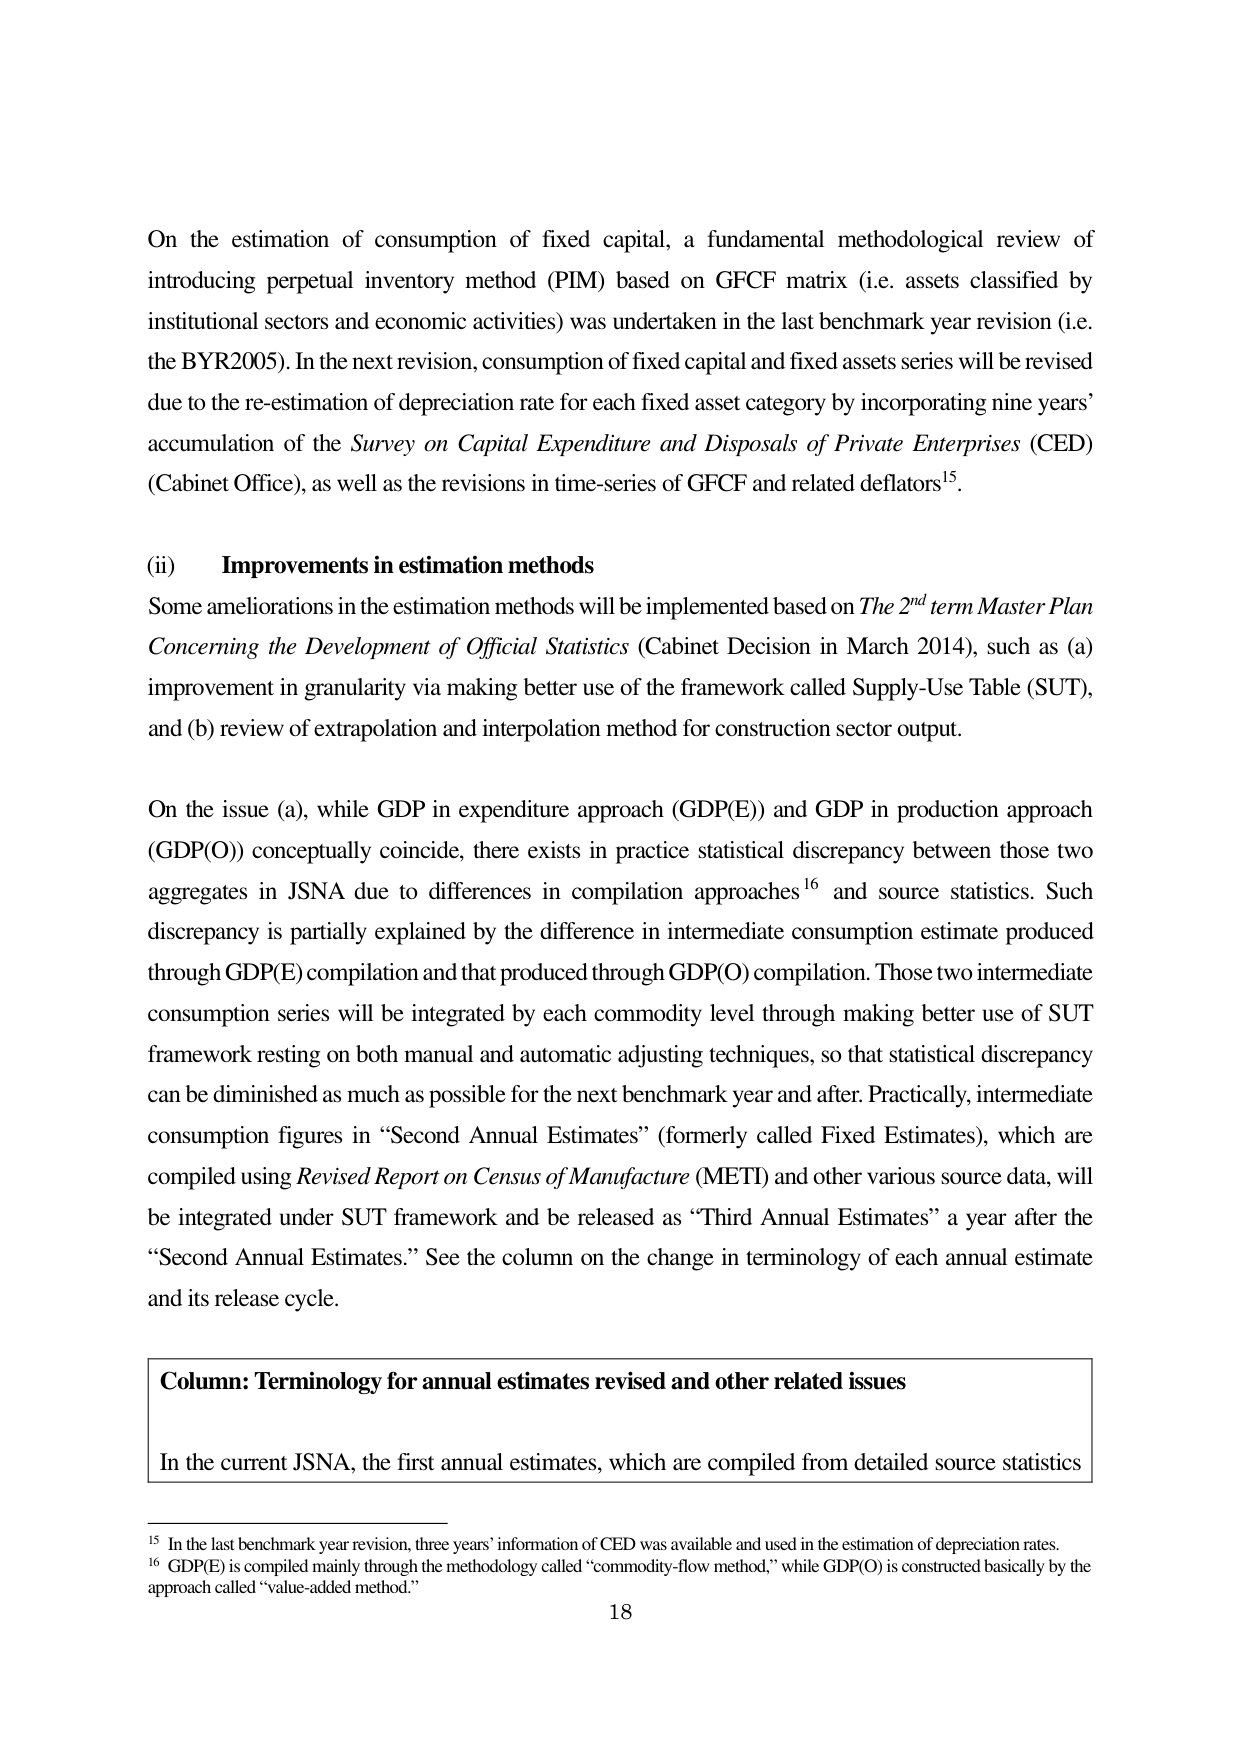
On the estimation of consumption of fixed capital, a fundamental methodological review of introducing perpetual inventory method (PIM) based on GFCF matrix (i.e. assets classified by institutional sectors and economic activities) was undertaken in the last benchmark year revision (i.e. the BYR2005). In the next revision, consumption of fixed capital and fixed assets series will be revised due to the re-estimation of depreciation rate for each fixed asset category by incorporating nine years’ accumulation of the Survey on Capital Expenditure and Disposals of Private Enterprises (CED) (Cabinet Office), as well as the revisions in time-series of GFCF and related deflators¹⁵.

(ii) Improvements in estimation methods
Some ameliorations in the estimation methods will be implemented based on The 2nd term Master Plan Concerning the Development of Official Statistics (Cabinet Decision in March 2014), such as (a) improvement in granularity via making better use of the framework called Supply-Use Table (SUT), and (b) review of extrapolation and interpolation method for construction sector output.

On the issue (a), while GDP in expenditure approach (GDP(E)) and GDP in production approach (GDP(O)) conceptually coincide, there exists in practice statistical discrepancy between those two aggregates in JSNA due to differences in compilation approaches¹⁶ and source statistics. Such discrepancy is partially explained by the difference in intermediate consumption estimate produced through GDP(E) compilation and that produced through GDP(O) compilation. Those two intermediate consumption series will be integrated by each commodity level through making better use of SUT framework resting on both manual and automatic adjusting techniques, so that statistical discrepancy can be diminished as much as possible for the next benchmark year and after. Practically, intermediate consumption figures in “Second Annual Estimates” (formerly called Fixed Estimates), which are compiled using Revised Report on Census of Manufacture (METI) and other various source data, will be integrated under SUT framework and be released as “Third Annual Estimates” a year after the “Second Annual Estimates.” See the column on the change in terminology of each annual estimate and its release cycle.

Column: Terminology for annual estimates revised and other related issues
In the current JSNA, the first annual estimates, which are compiled from detailed source statistics

¹⁵ In the last benchmark year revision, three years’ information of CED was available and used in the estimation of depreciation rates.
¹⁶ GDP(E) is compiled mainly through the methodology called “commodity-flow method,” while GDP(O) is constructed basically by the approach called “value-added method.”

18